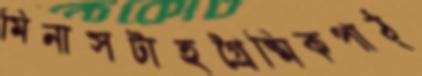
মিনাসটাহগ্রৈষ্মিকপাঠ্